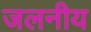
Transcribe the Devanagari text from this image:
जलनीय